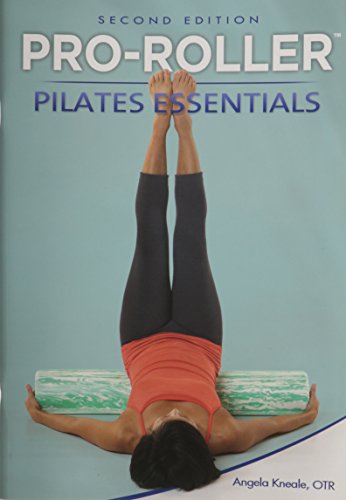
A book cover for Pro-Roller Pilates Essentials 2nd Edition (8210-2); Angela Kneale; Health, Fitness & Dieting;